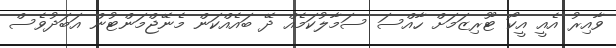
ވާއިރު އެއީ އީކޯ ޓޫރިޒަމަށް ހާއްސަ ސަމާލުކަމެއް ދޭ ބައެއްކަން މެނޭޖްމަންޓުން އަބަދުވެސް